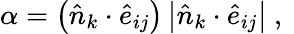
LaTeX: \alpha=\left(\hat{n}_{k}\cdot\hat{e}_{ij}\right)\left|\hat{n}_{k}\cdot\hat{e}_{ij}\right|\mathrm{~,~}